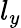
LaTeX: l_{y}